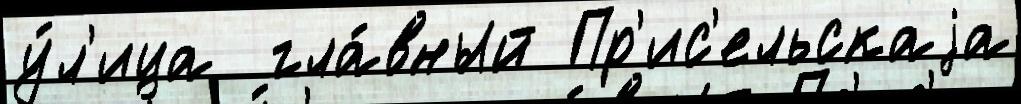
у́л'ица  гла́вный Пр'ис'ельскаjа